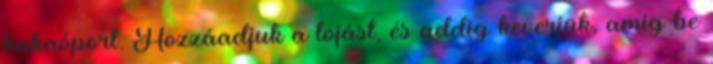
kakaóport. Hozzáadjuk a tojást, és addig keverjük, amíg be